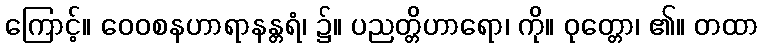
ကြောင့်။ ဝေဝစနဟာရာနန္တရံ၊ ၌။ ပညတ္တိဟာရော၊ ကို။ ဝုတ္တော၊ ၏။ တထာ